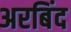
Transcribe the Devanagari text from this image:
अरबिंद